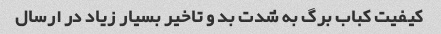
کیفیت کباب برگ به شدت بد و تاخیر بسیار زیاد در ارسال